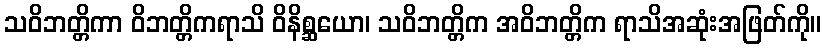
သဝိဘတ္တိကာ ဝိဘတ္တိကရာသိ ဝိနိစ္ဆယော၊ သဝိဘတ္တိက အဝိဘတ္တိက ရာသိအဆုံးအဖြတ်ကို။